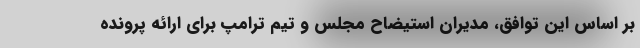
بر اساس این توافق، مدیران استیضاح مجلس و تیم ترامپ برای ارائه پرونده